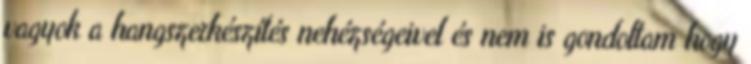
vagyok a hangszerkészítés nehézségeivel és nem is gondoltam hogy